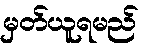
မှတ်ယူရမည်